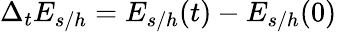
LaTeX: \Delta_{t}E_{s/h}=E_{s/h}(t)-E_{s/h}(0)